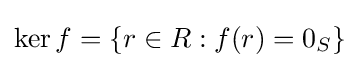
\operatorname {ker} f=\{r\in R:f(r)=0_{S}\}